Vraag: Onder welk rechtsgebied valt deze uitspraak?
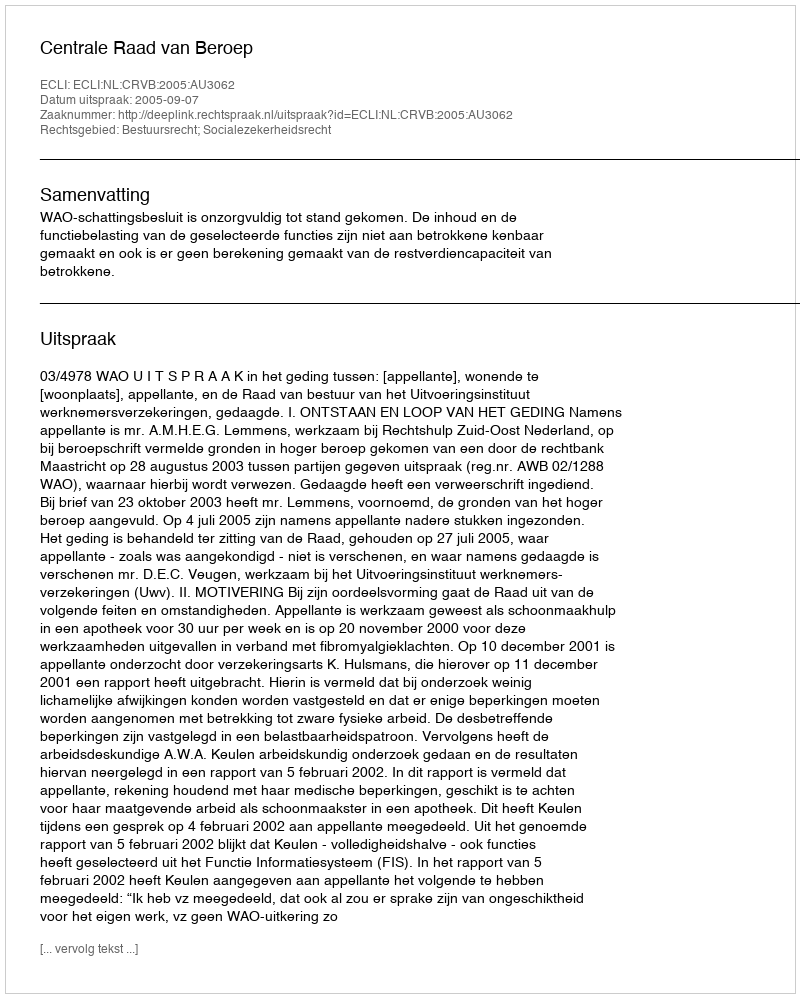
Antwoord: Bestuursrecht; Socialezekerheidsrecht